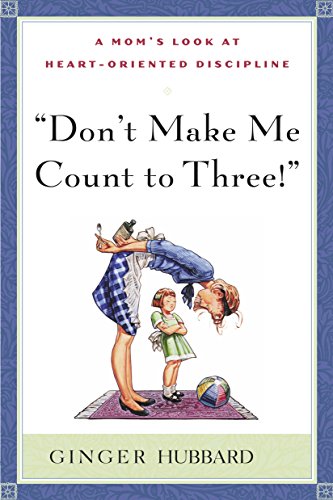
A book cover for Don't Make Me Count to Three; Ginger Hubbard; Parenting & Relationships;